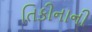
તિકીનાની